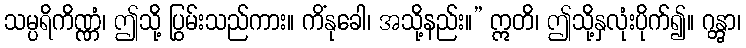
သမ္ပရိကိဏ္ဏံ၊ ဤသို့ ပြွမ်းသည်ကား။ ကိံနုခေါ၊ အသို့နည်း။” ဣတိ၊ ဤသို့နှလုံးပိုက်၍။ ဂန္တွာ၊